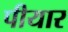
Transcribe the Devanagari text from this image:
पीयार